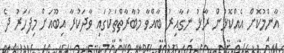
އާންމުކޮށް އެއްކޮޅުން ރާޅު ނަގާއިރު ބާއްވާ މުބާރާތްތަކުގައި ވާދަކުރާ އިބޫއަށް މިފަހަރު ދެ